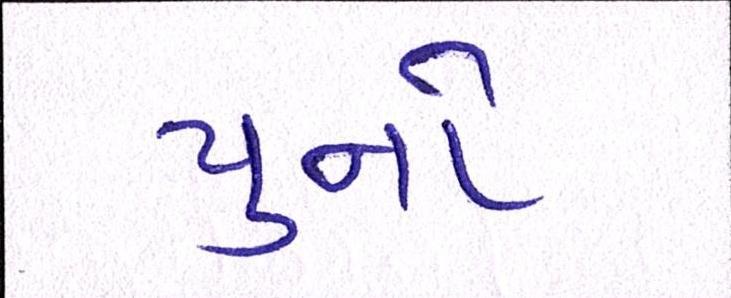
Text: યુનો